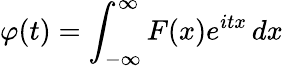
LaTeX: \varphi(t)=\int_{-\infty}^{\infty}F(x)e^{itx}\, dx